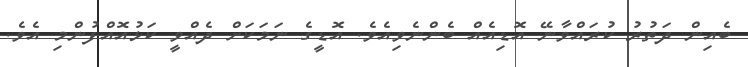
ބެއިން ދަތުރު ކުރައްވާނޭ އޮޑިއެއް ބެންނެވިއެވެ. އޮޑީގެ ނަމަކަށް ދެއްވީ ކަޅުއޮއްފުންމި އެވެ.